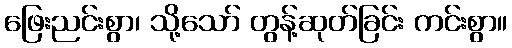
ဖြေးညင်းစွာ၊ သို့သော် တွန့်ဆုတ်ခြင်း ကင်းစွာ။